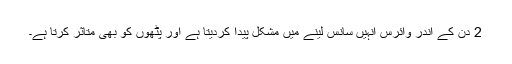
2 دن کے اندر وائرس انہیں سانس لینے میں مشکل پیدا کردیتا ہے اور پٹھوں کو بھی متاثر کرتا ہے۔